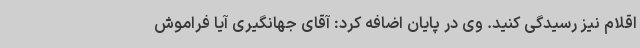
اقلام نیز رسیدگی کنید. وی در پایان اضافه کرد: آقای جهانگیری آیا فراموش